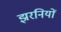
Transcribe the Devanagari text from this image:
झरनियों